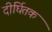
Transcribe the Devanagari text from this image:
दीर्घितक